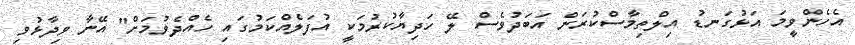
އެހެންވީމަ އަޅުގަނޑު އިލްތިމާސްކުރަން އަބަދުވެސް ލޭ ހަދިޔާކުރުމަކީ އުފަލެއްކަމުގައި ހެއްދެވުމަށް" އޭނާ ވިދާޅުވި